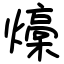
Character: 燺